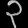
Digit: ၃